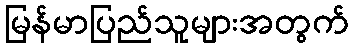
မြန်မာပြည်သူများအတွက်